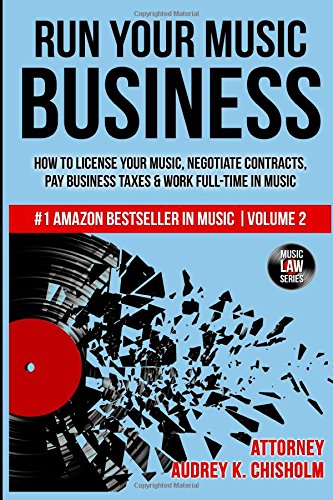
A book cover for Run Your Music Business: How to License Your Music, Negotiate Contracts, Pay Business Taxes & Work Full-time in Music (Music Law Series) (Volume 2); Audrey K. Chisholm Esq.; Arts & Photography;